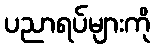
ပညာရပ်များကို